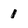
Character: 1